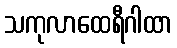
သကုလာထေရီဂါထာ